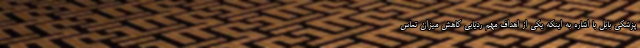
پزشکی بابل با اشاره به اینکه یکی از اهداف مهم ردیابی کاهش میزان تماس